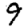
Digit: 9